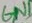
Text: GND